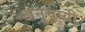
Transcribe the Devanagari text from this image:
अनुयाय़ी